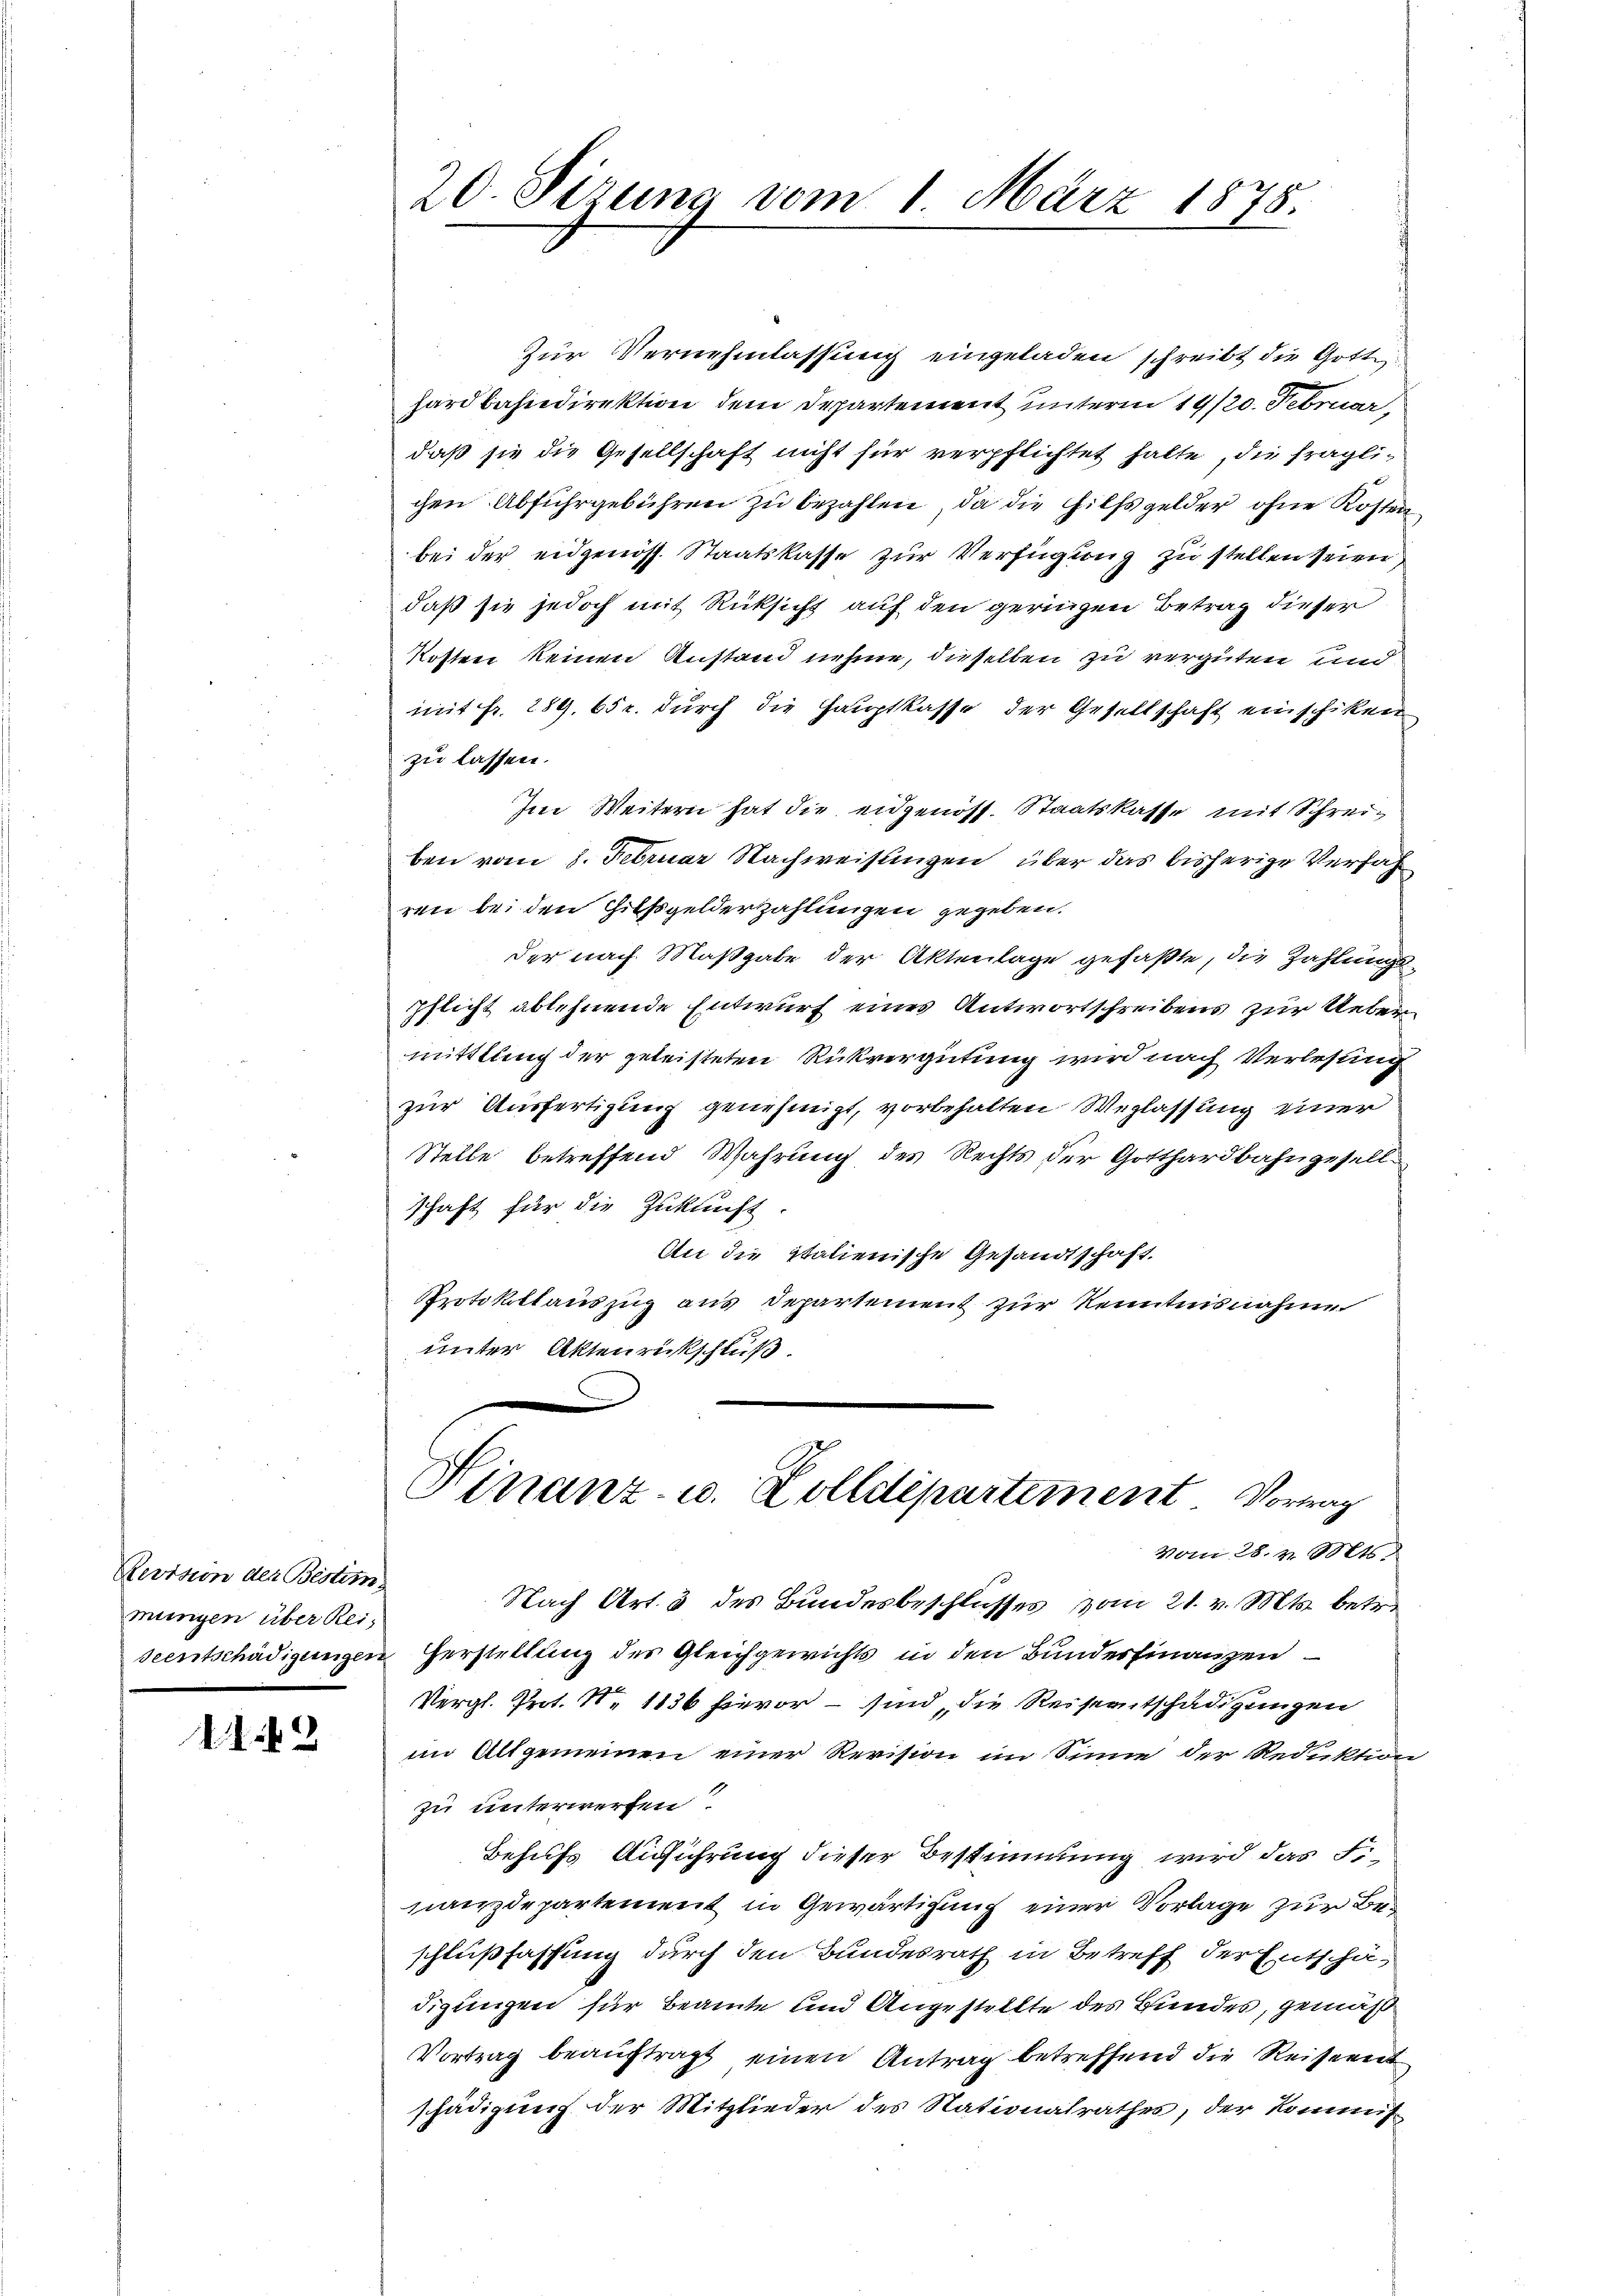
Revisin der Bestim
mungen über Rei¬

41.2

Zur Vernehmlassung eingeladen schreibt die Gotte
hardbahndirektion dem Departement unterm 19/20. Februar,
daß sie die Gesellschaft nicht für verpflichtet halte, die fragli-
chen Abfuhrgebühren zu bezahlen, da die Hilfsgelder ohne Kosten
bei der eidgenöss. Staatskasse zur Verfügung zu stellen seien
daß sie jedoch mit Rüksicht auf den geringen Betrag dieser
Kosten keinen Anstand nehme, dieselben zu vergüten und
mit Fr. 289. 65 c. durch die Hauptkasse der Gesellschaft einschiken
zu lassen.
Im Weitern hat die eidgenöss. Staatskasse mit Schreiben vom 8. Februar Nachweisungen über das bisherige Verfah
ren bei den Hilfsgelderzahlungen gegeben.
der nach Maßgabe der Aktenlage gefaßte, die Zahlungs¬
Pflicht ablehnende Entwurf eines Antwortschreibens zur Uebermittlung der geleisteten Rückvergütung wird nach Verlesung
zur Ausfertigung genehmigt, vorbehalten Weglassung einer
Stelle betreffend Wahrung des Rechts der Gotthardbahngesell-
schaft für die Zukunft.
An die Italienische Gesandtschaft
Protokklauszug aus Departement zur Kenntnisnahme
unter Aktenrückschluß.
Finanz- u. Zolldepartement. Vortrag
vom 28. v. Mts.
Nach Art. 3 des Bundesbeschlusses vom 21. v. Mts. betre
seentschädigungen Herstellung des Gleichgewichts in den Bunderfinanzen
Vergl. Prot. N. 1836 hievor – sind, die Reiseentschädigungen
im Altgemeinen einer Revision im Sinne der Reduktion
zu unterwerfen.
Behufs Ausführung dieser Bestimmung wird das Fr
nanzdepartement in Gewärtigung einer Vorlage zur Beschlußfassung durch den Bundesrath in Betreff der Entschädigungen für Beamte und Angestellte des Bundes, gemäß
Vortrag beauftragt, einen Antrag betreffend die Reiseent
schädigung der Mitglieder des Nationalrathes, der Kommis-

20. Sizung vom 1. März 1875.